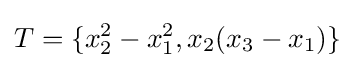
T=\{x_{2}^{2}-x_{1}^{2},x_{2}(x_{3}-x_{1})\}